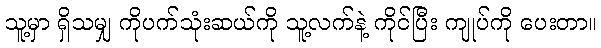
သူ့မှာ ရှိသမျှ ကိုပက်သုံးဆယ်ကို သူ့လက်နဲ့ ကိုင်ပြီး ကျုပ်ကို ပေးတာ။